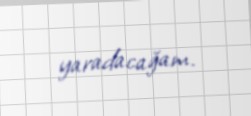
yaradacağam.